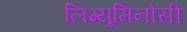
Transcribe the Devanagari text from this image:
लिग्यूमिनोसी